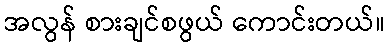
အလွန် စားချင်စဖွယ် ကောင်းတယ်။